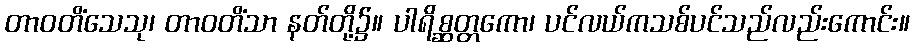
တာဝတိံသေသု၊ တာဝတိံသာ နတ်တို့၌။ ပါရိစ္ဆတ္တကော၊ ပင်လယ်ကသစ်ပင်သည်လည်းကောင်း။